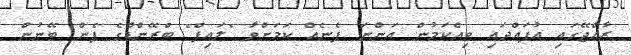
ރާއްޖޭގައި އުފައްދައި ވިއްކަމުން އަންނަ ފެނެއް ކަމަށްވާ "ލައިފް" ބްރޭންޑްގެ ފެން ބޭނުން